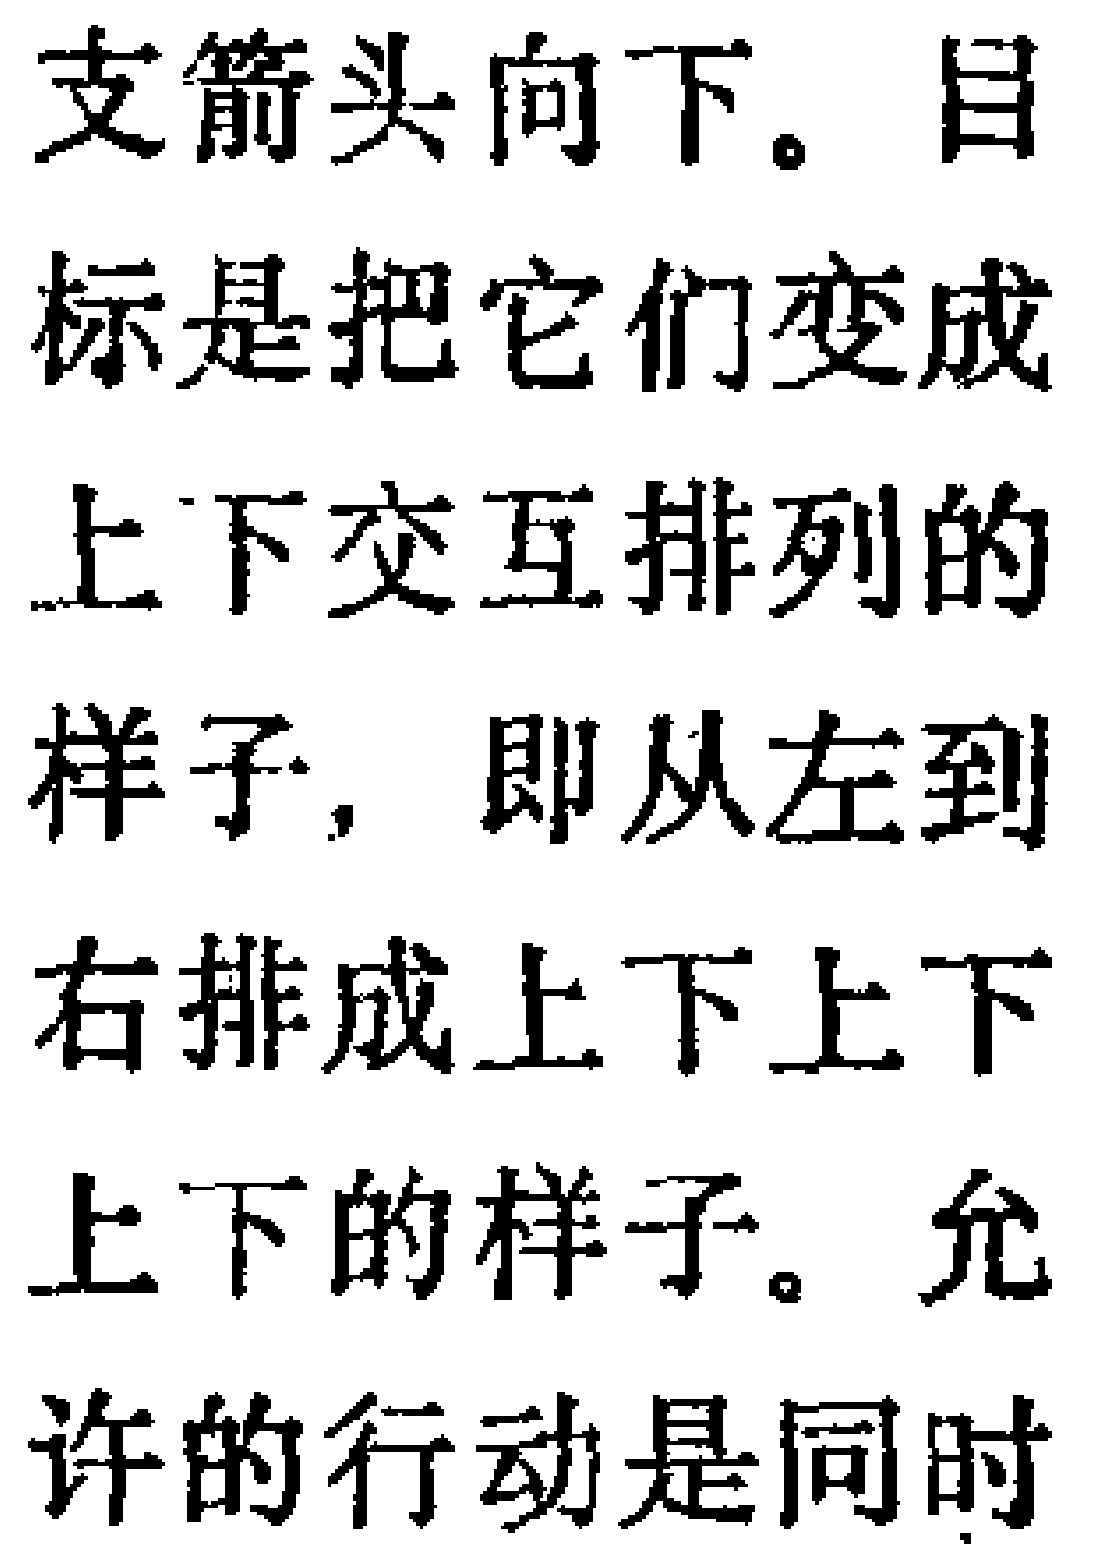
支箭头向下。目标是把它们变成上下交互排列的样子，即从左到右排成上下上下上下的样子。允许的行动是同时